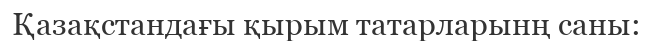
Қазақстандағы қырым татарларынң саны: